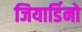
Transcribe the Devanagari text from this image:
जियार्डिनो